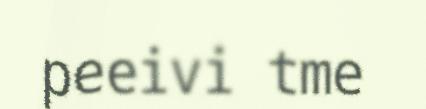
peeivi tme